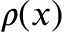
\rho ( x )